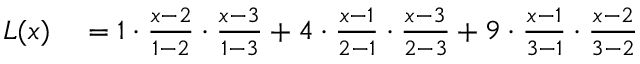
\begin{array} { r l } { L ( x ) } & { { } = { 1 } \cdot { \frac { x - 2 } { 1 - 2 } } \cdot { \frac { x - 3 } { 1 - 3 } } + { 4 } \cdot { \frac { x - 1 } { 2 - 1 } } \cdot { \frac { x - 3 } { 2 - 3 } } + { 9 } \cdot { \frac { x - 1 } { 3 - 1 } } \cdot { \frac { x - 2 } { 3 - 2 } } } \end{array}